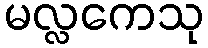
မလ္လကေသု